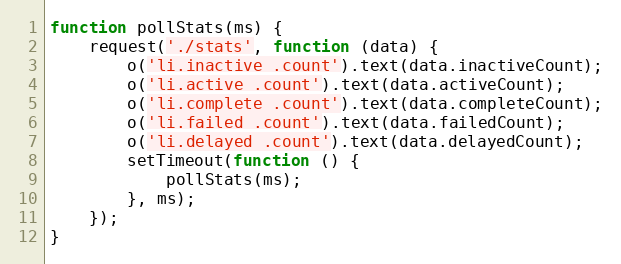
Language: JavaScript
function pollStats(ms) {
    request('./stats', function (data) {
        o('li.inactive .count').text(data.inactiveCount);
        o('li.active .count').text(data.activeCount);
        o('li.complete .count').text(data.completeCount);
        o('li.failed .count').text(data.failedCount);
        o('li.delayed .count').text(data.delayedCount);
        setTimeout(function () {
            pollStats(ms);
        }, ms);
    });
}